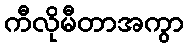
ကီလိုမီတာအကွာ